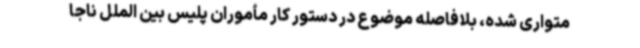
متواری شده، بلافاصله موضوع در دستور کار مأموران پلیس بین الملل ناجا